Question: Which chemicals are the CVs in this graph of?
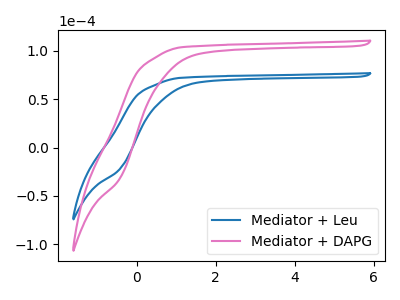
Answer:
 <answer>The blue curve is labeled "Mediator + Leu". The pink curve is labeled "Mediator + DAPG".</answer>
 <eval></eval>